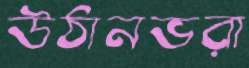
উঠানভরা